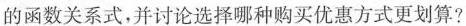
的函数关系式，并讨论选择哪种购买优惠方式更划算?